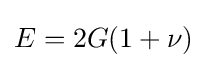
E=2G(1+\nu )